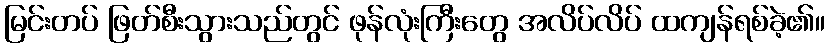
မြင်းတပ် ဖြတ်စီးသွားသည်တွင် ဖုန်လုံးကြီးတွေ အလိပ်လိပ် ထကျန်ရစ်ခဲ့၏။